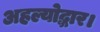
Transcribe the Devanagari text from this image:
अहल्योद्धार।